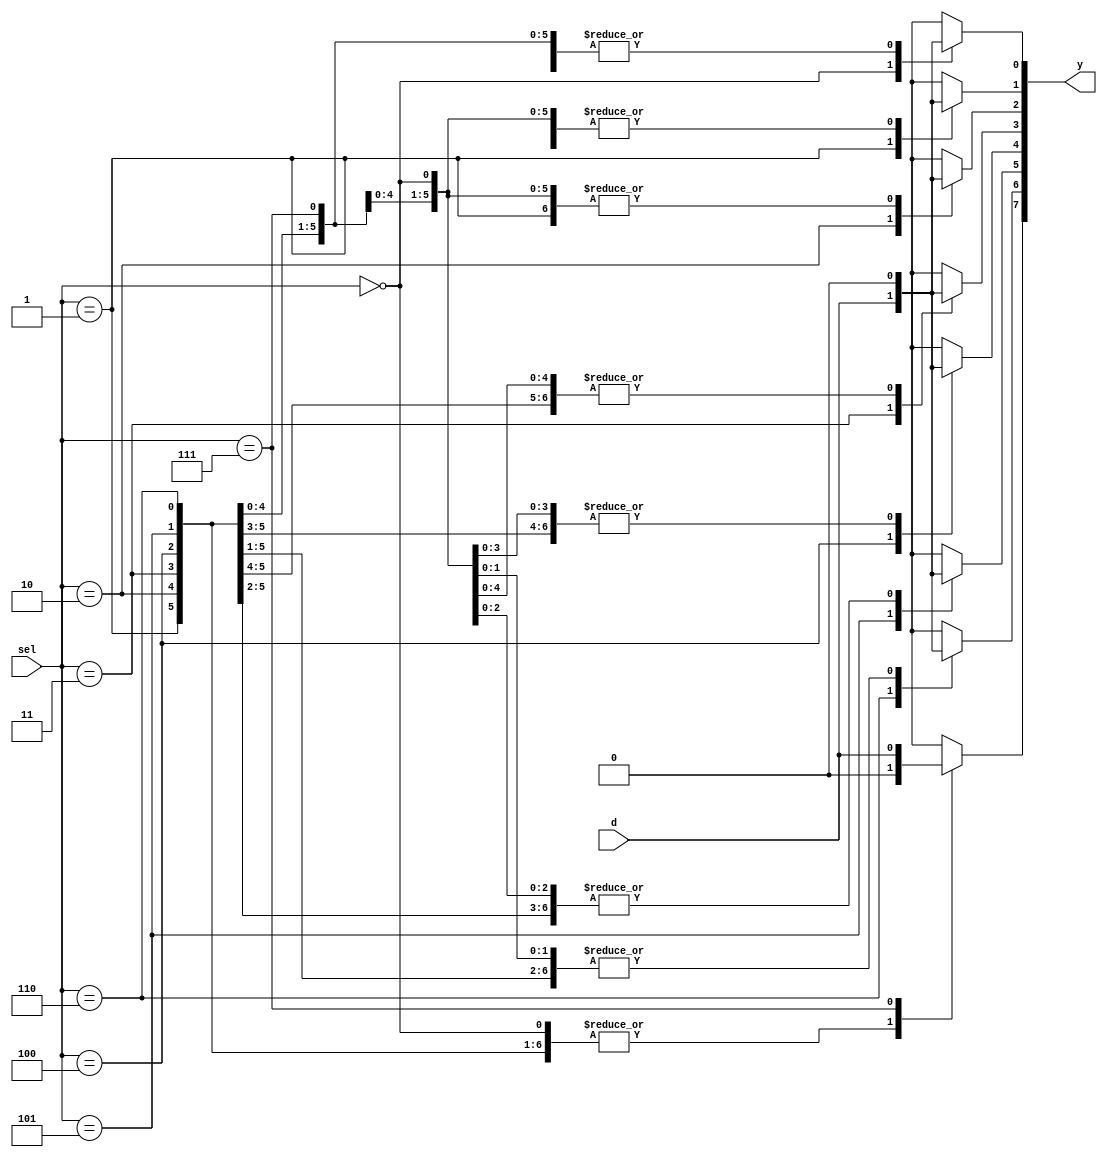
module demux_1_8_behavioral(
  output reg [7:0] y,
  input [2:0] sel,
  input d
  );
  always @(*) begin
    y=0;
    case(sel)
      3'd0: y[0]=d; //3'b000
      3'd1: y[1]=d;
      3'd2: y[2]=d;
      3'd3: y[3]=d;
      3'd4: y[4]=d;
      3'd5: y[5]=d;
      3'd6: y[6]=d;
      3'd7: y[7]=d;
    endcase
  end
endmodule